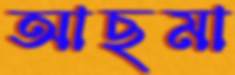
আছমা